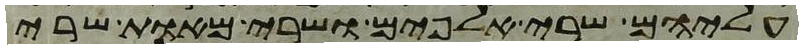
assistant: עליהם שרי אלפים ושרי מאות שרי